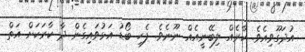
އުދަގޫވިއެވެ. ކާރެއް ލިބޭނީއެއް ނޫނެވެ. ފެހި ބޯޑު އަޅުވައިގެން ދާ ކާރަކަށް އަތް